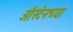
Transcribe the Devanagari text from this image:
ऑस्टेनच्या